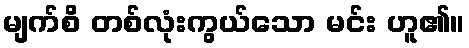
မျက်စိ တစ်လုံးကွယ်သော မင်း ဟူ၏။